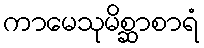
ကာမေသုမိစ္ဆာစာရံ